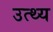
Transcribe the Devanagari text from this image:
उत्थ्य